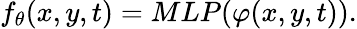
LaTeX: f_{\theta}(x,y,t)=MLP(\varphi(x,y,t)).